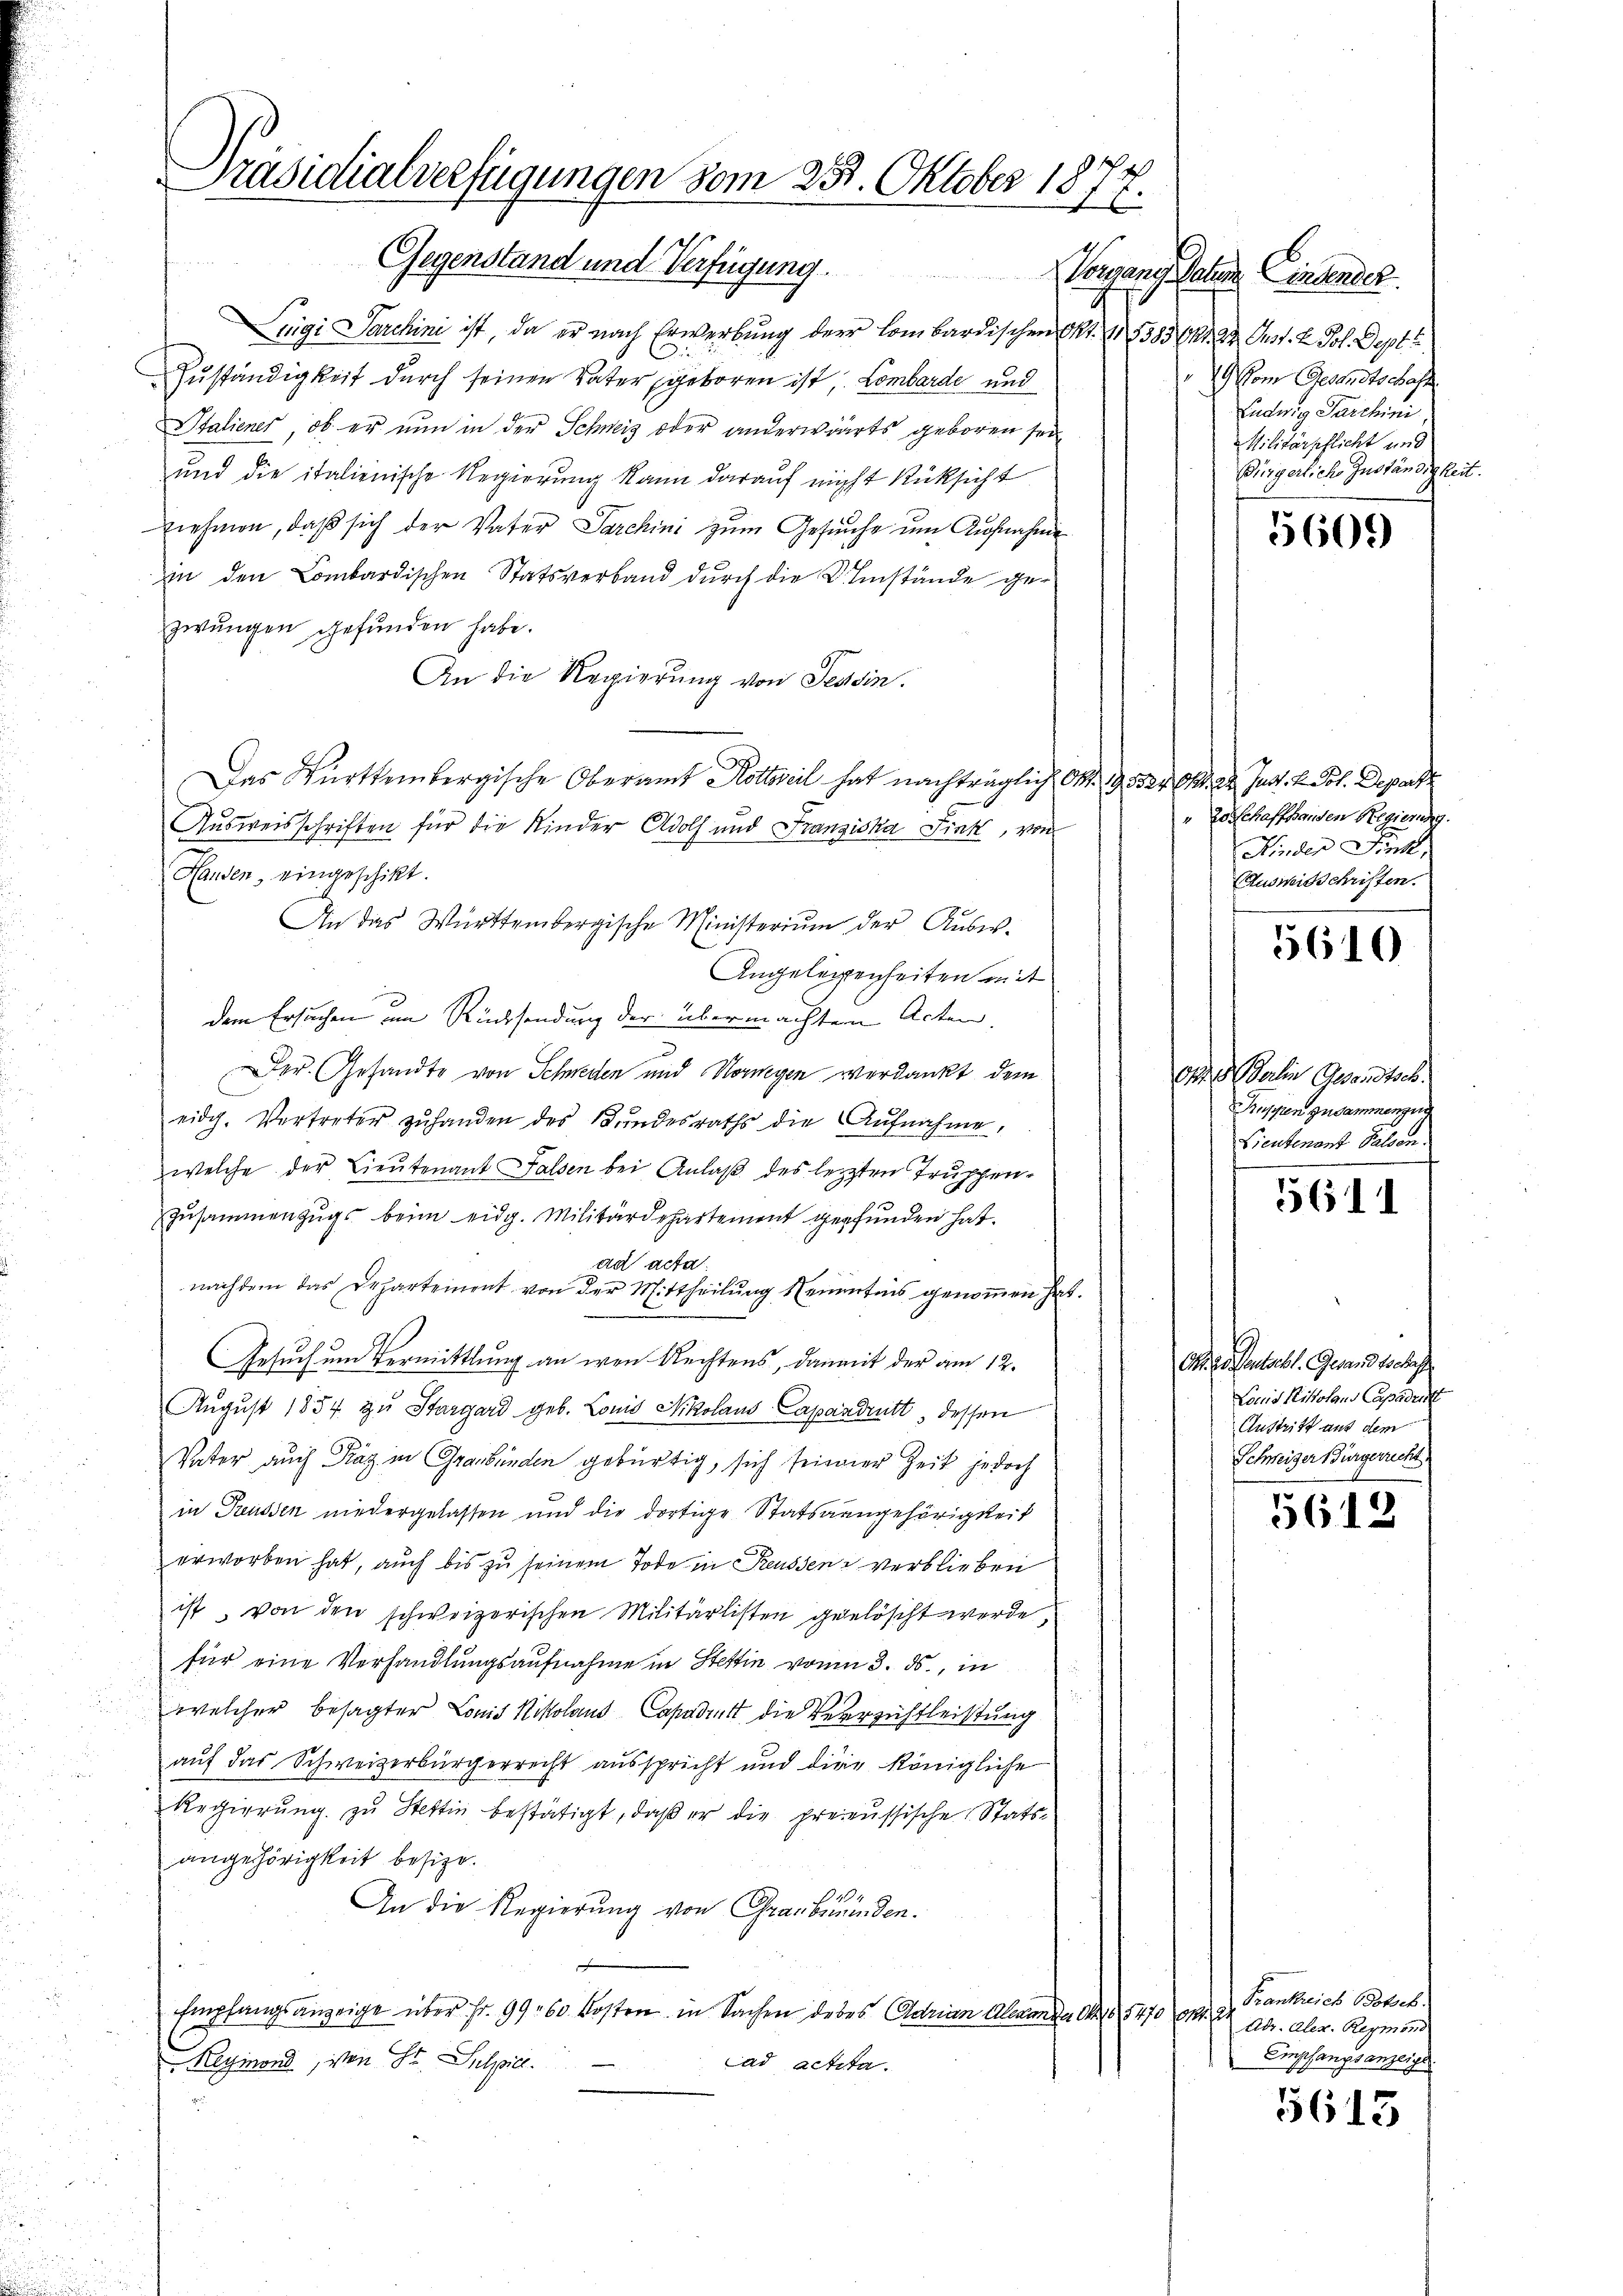
Präsidialverfügungen vom 25. Oktober 18
1
Gegenstand und Verfügung.

Luigi Sarchini ist, da er nach Erwerbung der lombardischen Akt. 115385 f 24 Just. H. Joh. Septe
Zuständigkeit durch seinen Vater geboren ist, Lombarde und
Staliener, ob er nun in der Schweiz oder anderwärts geboren sei
und die italienische Regierung kann darauf nicht Rücksicht
Ziehmen, daß sich der Vater Parchini zum Gesuche um Aufnahme
in den Combardischen Statsverband durch die Umstände ge-
zwungen gefunden habe.
An die Regierung von Tessin.
Das Württembergische Oberamt Kottareil hat nachträglich Okt. 195324. Ch. ad Just. v. Pot. Depart
Ausweisschriften für die Kinder Adolf und Franziska Fink, von
Hausen, eingeschikt.
An das Württembergische Ministerium der Ausi¬
Angelegenheiten mit
dem Ersuchen im Rücksendung der übermachten Acten.
Der Gesandte von Schweden und Horneyen verdankt, dem
eidg. Vertreter zuhanden des Bundesraths die Aufnahme,
welche der Lieutenant Falsen bei Anlaß des lezten Truppen¬
Zusammenzugs beim eidg. Militärdepartement gefunden hat.
ad acta
nachdem das Departement von der Mittheilŭng Kenntnis genoṁen hat.
Gesuch um Vermittlung an wen Rechtens, damit der am 12.
Aŭgŭst 1854 zu Stargard geb. Louis Nikolaus Capandritt, dessen
Vater auch Präz in Graubünden gebürtig, sich seiner Zeit jedoch
in Preussen niedergelassen und die dortige Statsaengehörigkeit
erworben hat, auch bis zu seinem Tode in Reussen verblieben
ist, von den schweizerischen Militärlisten gelöscht werde.
für eine Verhandlungsaufnahme in Stettin von 3. ds., in
welcher besagter Louis Nikolaus Capadritt die Verrichtleistung
auf das Schweizerbürgerrecht ausspricht und die königliche
Regierung zu Stettin bestätigt, daß er die preussische Statsangehörigkeit besize.
An die Regierung von Graubünden.
Empfangsanzeige über Fr. 99. 60 Kosten in Sachen debes Adrian Alemanda S. 5470 n 2
Reymond, von Sr. Sulpiel.
ad actita.

Vorgange Jahre Einsender
.) Vom Gesandtschaft
Ludwig Tarchini
Militärpflicht und
Bürgerliche Zuständigkeit.

5600

"Zotschaffhanden Regierung.
Kinder Funk
Ausweisschriften.

5610

o Salien Gesandtsch
hüssen zusammenzeig
Lieutenant Palden.

5611

O. zu entschl. Gesandtschaff
Louis Histolaus Capadenst
Austritt auf dem
Schweizer Bürgerricht

5612

Frankreich Botsch.
Adr. Aler. Reymond
Empfangsanzeige

5613